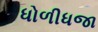
ધોળીધજા